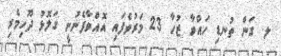
ލ. ގަން ތުނޑި ހައްވާ ޒުހާ 23 މަރުވެފައި އޮއްވާފެނުނީ ގަލޮޅު ދޫހިމެރި